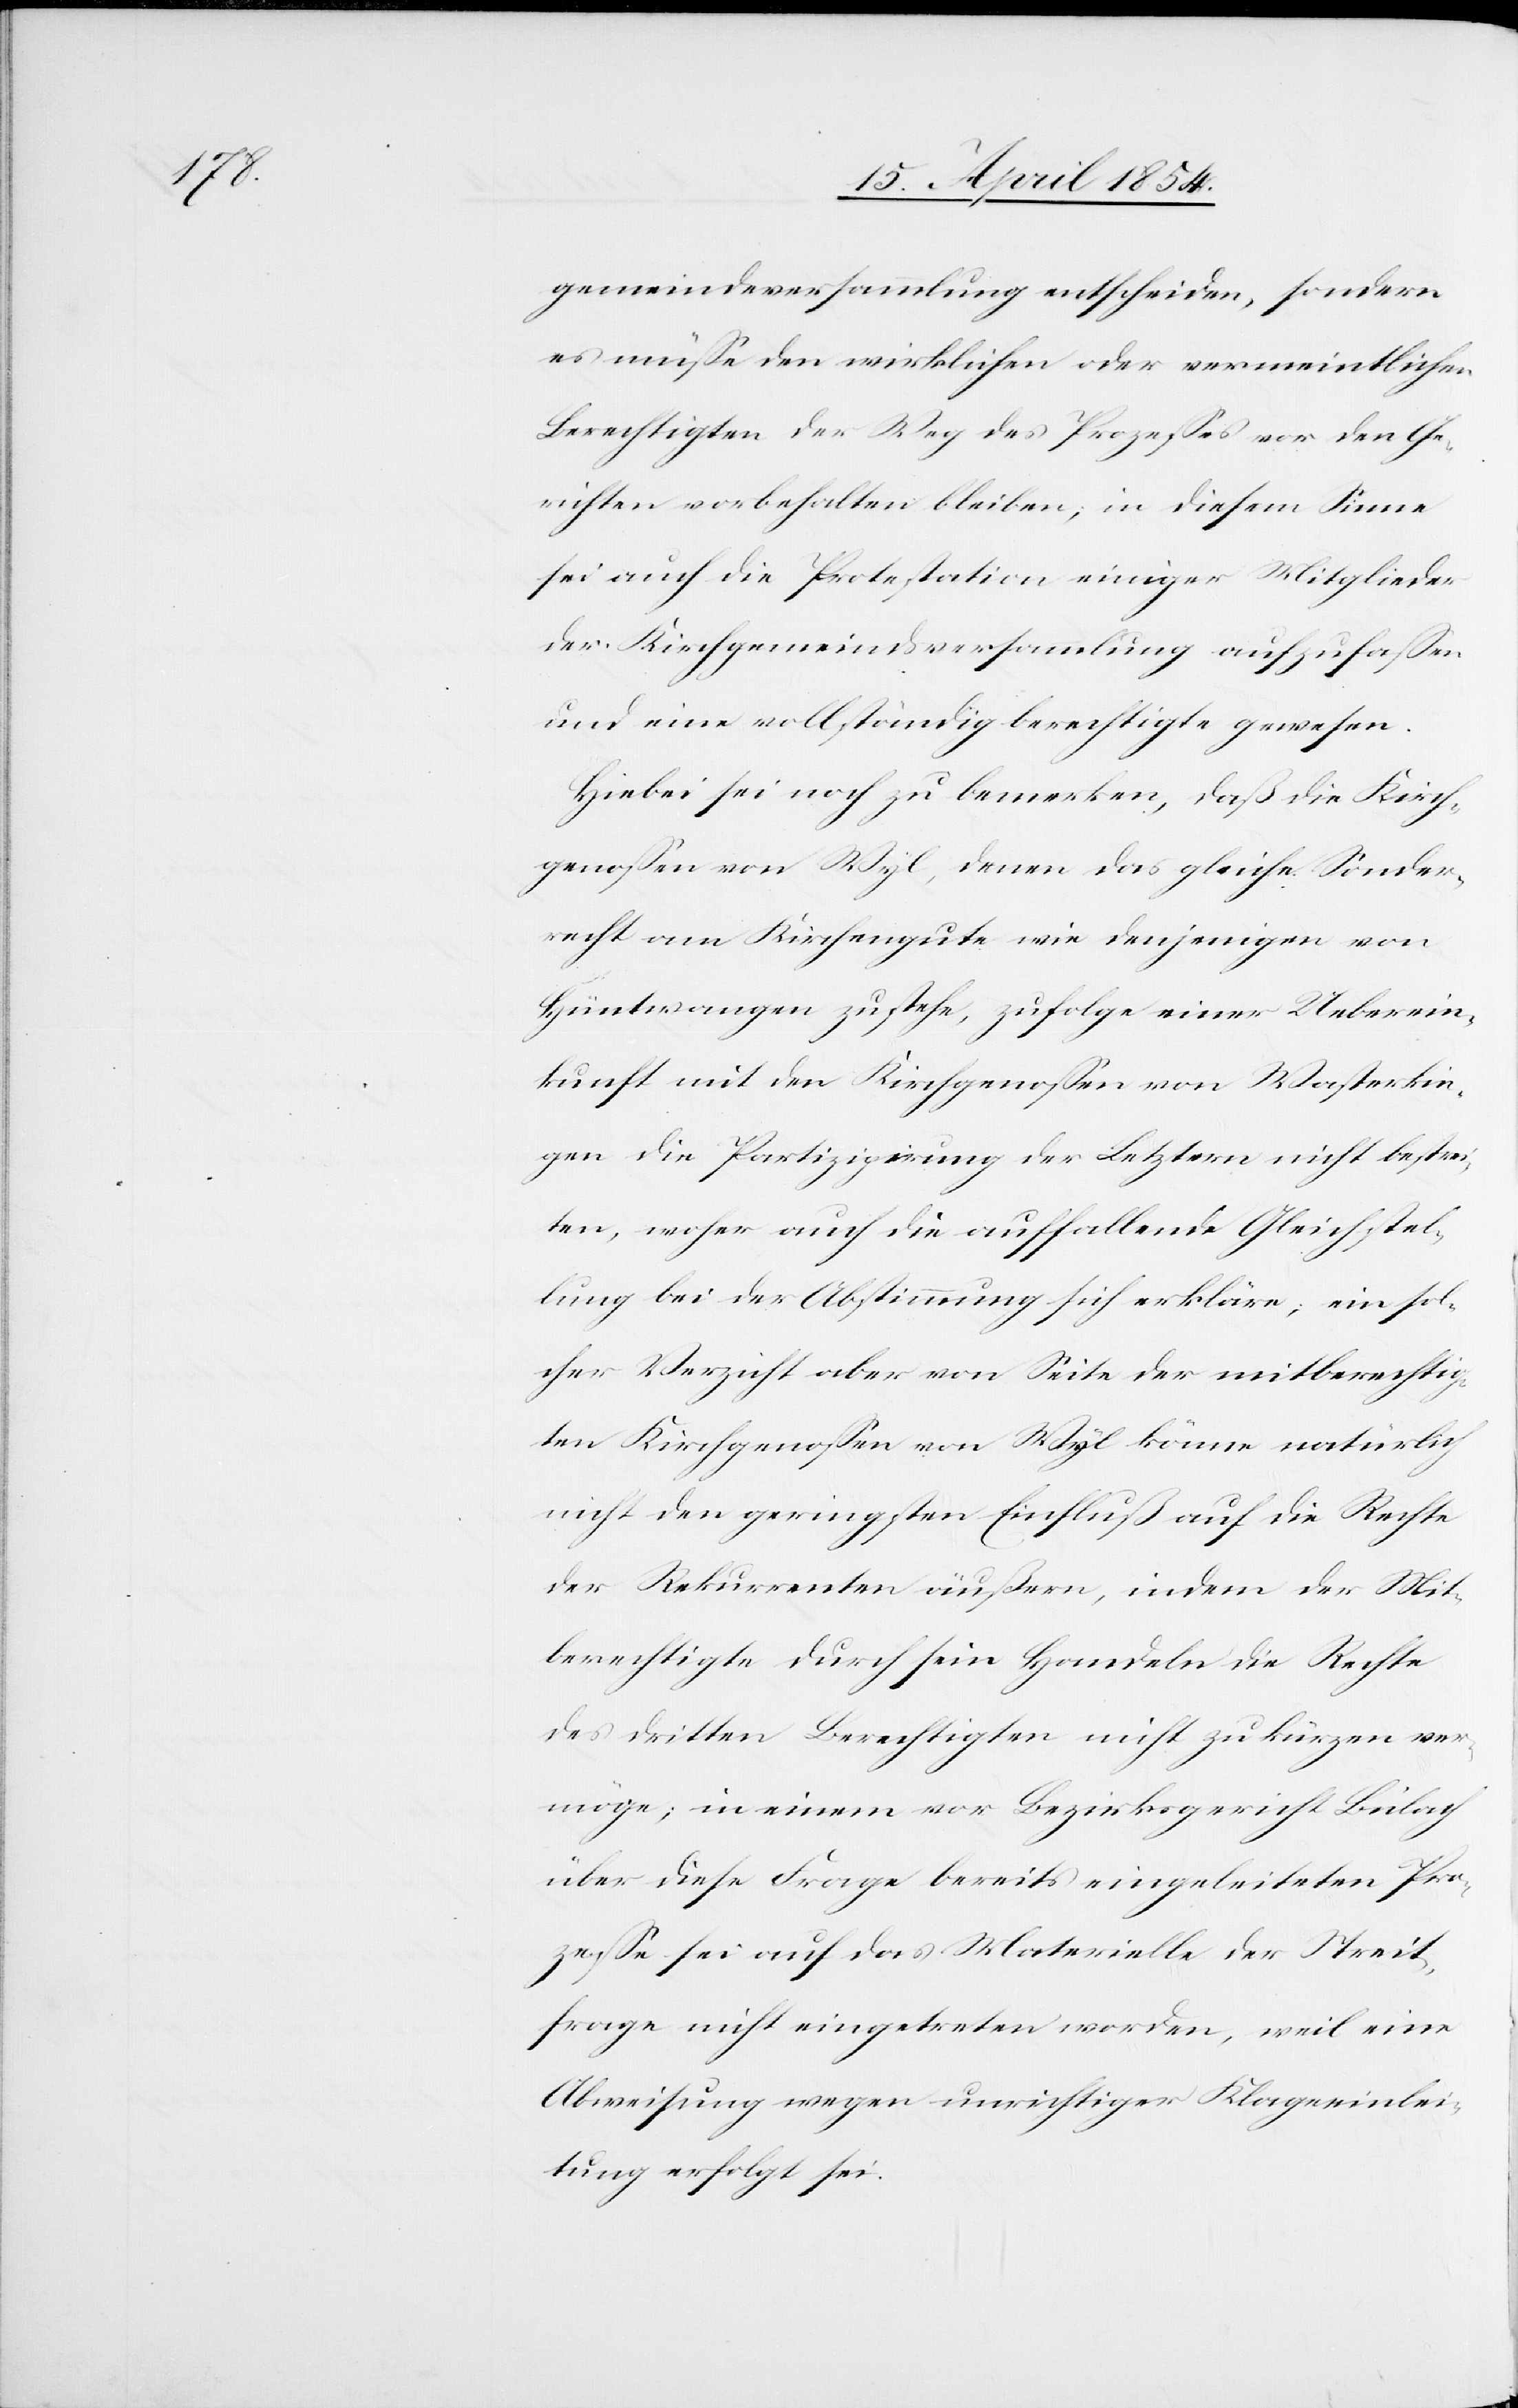
gemeindeversammlung entscheiden, sondern
es müße den wirklichen oder vermeintlichen
Berechtigten der Weg des Prozeßes vor den Ge¬
richten vorbehalten bleiben; in diesem Sinne
sei auch die Protestation einiger Mitglieder
der Kirchgemeindsversammlung aufzufaßen
und eine vollständig berechtigte gewesen.
Hiebei sei noch zu bemerken, daß die Kirch¬
genoßen von Wyl, denen das gleiche Sonder¬
recht am Kirchengute wie denjenigen von
Hüntwangen zustehe, zufolge einer Ueberein¬
kunft mit den Kirchgenoßen von Wasterkin¬
gen die Partizipirung der Letztern nicht bestrei¬
ten, woher auch die auffallende Gleichstel¬
lung bei der Abstimmung sich erkläre; ein sol¬
cher Verzicht aber von Seite der mitberechtig¬
ten Kirchgenoßen von Wyl könne natürlich
nicht den geringsten Einfluß auf die Rechte
der Rekurrenten äußern, indem der Mit¬
berechtigte durch sein Handeln die Rechte
des dritten Berechtigten nicht zu kürzen ver¬
möge; in einem vor Bezirksgericht Bülach
über diese Frage bereits eingeleiteten Pro¬
zeße sei auf das Materielle der Streit¬
frage nicht eingetreten worden, weil eine
Abweisung wegen unrichtiger Klageeinlei¬
tung erfolgt sei.